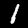
Digit: 1